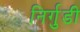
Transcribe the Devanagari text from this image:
निर्गुडी